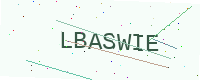
Text: LBASWIE